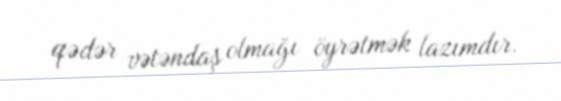
qədər vətəndaş olmağı öyrətmək lazımdır.